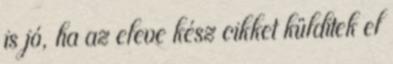
is jó, ha az eleve kész cikket külditek el